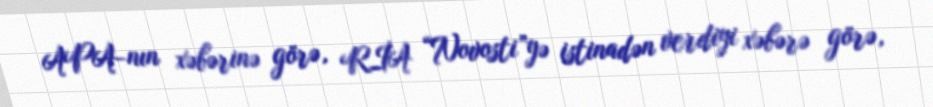
APA-nın xəbərinə görə, RİA “Novosti”yə istinadən verdiyi xəbərə görə,